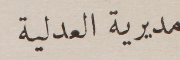
مديرية العدلية